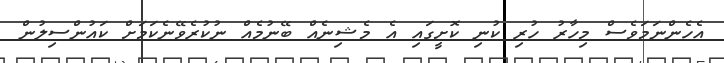
އެހެންނަމަވެސް މިހާރު ހުރި ކުނި ކޮށީގައި އެ މެޝިނެއް ބޭނުމެއް ނުކުރެވޭނެކަމަށް ކައުންސިލުން